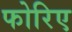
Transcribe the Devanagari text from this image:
फोरिए